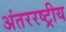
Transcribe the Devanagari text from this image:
अंतररष्ट्रीय